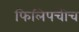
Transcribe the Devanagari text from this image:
फिलिपचीच